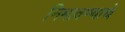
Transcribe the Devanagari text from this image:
निभावण्याचे